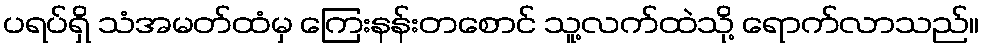
ပရပ်ရှိ သံအမတ်ထံမှ ကြေးနန်းတစောင် သူ့လက်ထဲသို့ ရောက်လာသည်။